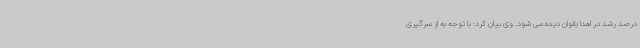
درصد رشد در اهدا بانوان دیده می شود. وی بیان کرد: با توجه به از سرگیری